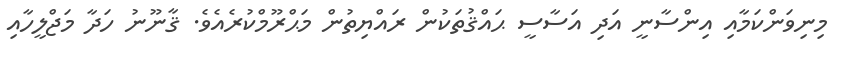
މިނިވަންކަމާއި އިންސާނީ އަދި އަސާސީ ޙައްޤުތަކުން ރައްޔިތުން މަޙްރޫމްކުރެއެވެ. ޤާނޫނު ހަދާ މަޖްލީހާއި